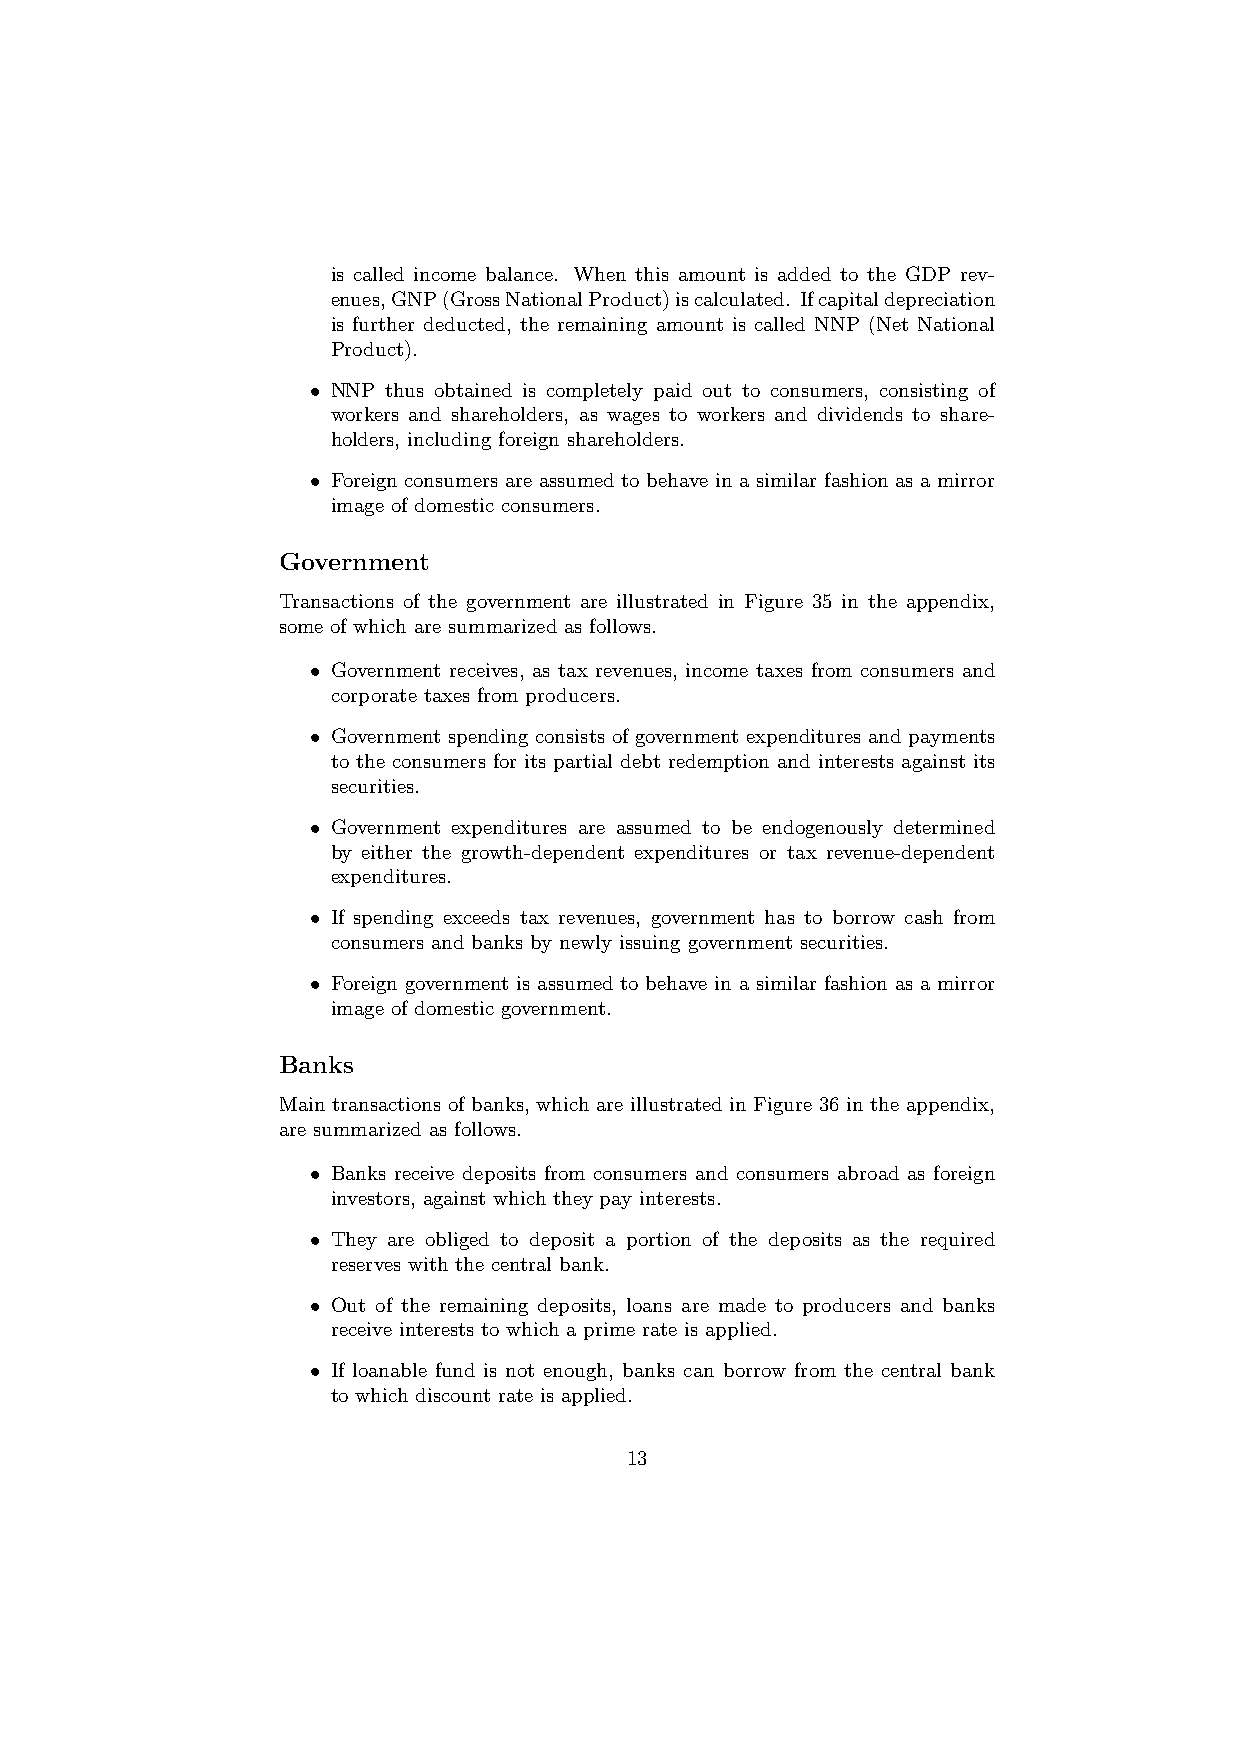
is called income balance. When this amount is added to the GDP rev-
 enues,GNP(GrossNationalProduct)iscalculated. Ifcapitaldepreciation
 is further deducted, the remaining amount is called NNP (Net National
 Product).
 • NNP thus obtained is completely paid out to consumers, consisting of
 workers and shareholders, as wages to workers and dividends to share-
 holders, including foreign shareholders.
 • Foreign consumers are assumed to behave in a similar fashion as a mirror
 image of domestic consumers.
 Government
 Transactions of the government are illustrated in Figure 35 in the appendix,
 some of which are summarized as follows.
 • Government receives, as tax revenues, income taxes from consumers and
 corporate taxes from producers.
 • Government spending consists of government expenditures and payments
 to the consumers for its partial debt redemption and interests against its
 securities.
 • Government expenditures are assumed to be endogenously determined
 by either the growth-dependent expenditures or tax revenue-dependent
 expenditures.
 • If spending exceeds tax revenues, government has to borrow cash from
 consumers and banks by newly issuing government securities.
 • Foreign government is assumed to behave in a similar fashion as a mirror
 image of domestic government.
 Banks
 Main transactions of banks, which are illustrated in Figure 36 in the appendix,
 are summarized as follows.
 • Banks receive deposits from consumers and consumers abroad as foreign
 investors, against which they pay interests.
 • They are obliged to deposit a portion of the deposits as the required
 reserves with the central bank.
 • Out of the remaining deposits, loans are made to producers and banks
 receive interests to which a prime rate is applied.
 • If loanable fund is not enough, banks can borrow from the central bank
 to which discount rate is applied.
 13